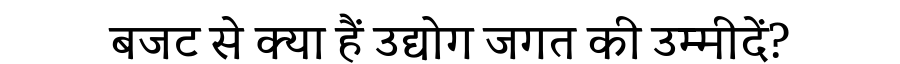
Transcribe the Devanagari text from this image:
बजट से क्या हैं उद्योग जगत की उम्मीदें?